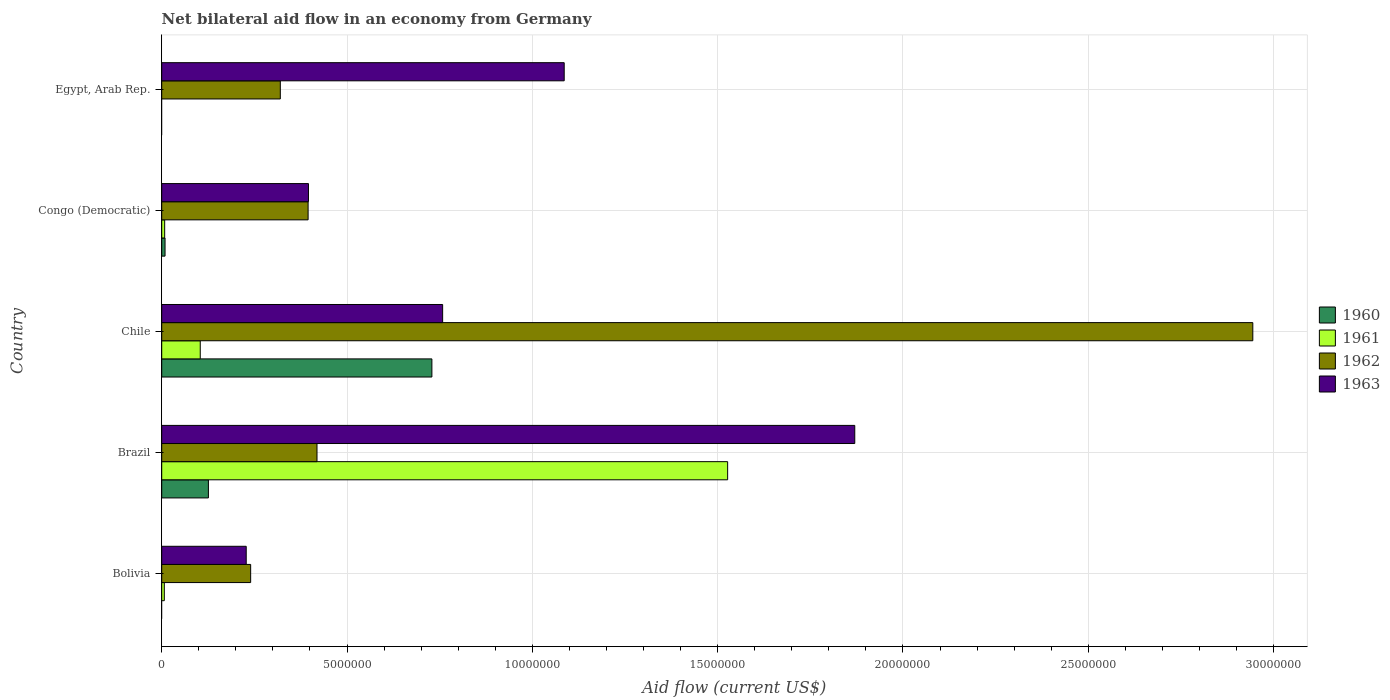
| Country | 1960 | 1961 | 1962 | 1963 |
 | --- | --- | --- | --- | --- |
 | Bolivia | -4e+05 | 7e+04 | 2.4e+06 | 2.28e+06 |
 | Brazil | 1.26e+06 | 1.53e+07 | 4.19e+06 | 1.87e+07 |
 | Chile | 7.29e+06 | 1.04e+06 | 2.94e+07 | 7.58e+06 |
 | Congo (Democratic) | 9e+04 | 8e+04 | 3.95e+06 | 3.96e+06 |
 | Egypt, Arab Rep. | -2.69e+06 | -4.68e+06 | 3.2e+06 | 1.09e+07 |